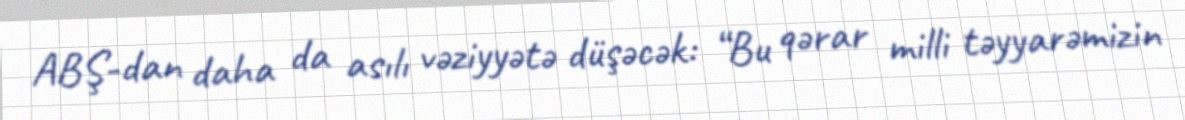
ABŞ-dan daha da asılı vəziyyətə düşəcək: “Bu qərar milli təyyarəmizin